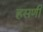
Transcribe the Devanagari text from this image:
हसणी